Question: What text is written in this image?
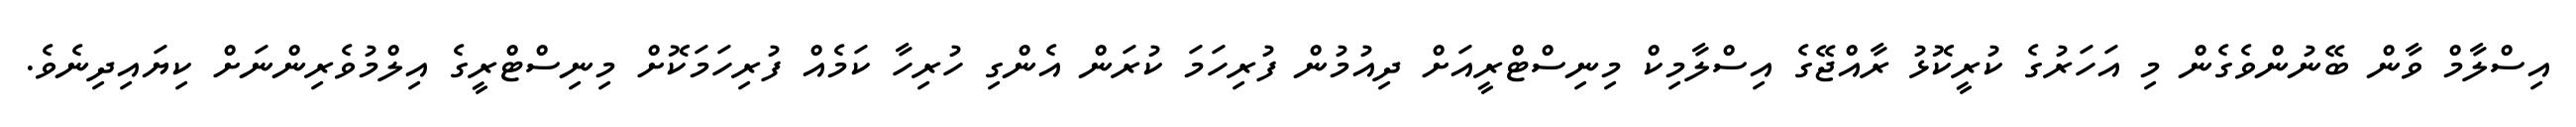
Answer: އިސްލާމް ވާން ބޭނުންވެގެން މި އަހަރުގެ ކުރީކޮޅު ރާއްޖޭގެ އިސްލާމިކް މިނިސްޓްރީއަށް ދިއުމުން ފުރިހަމަ ކުރަން އެންގި ހުރިހާ ކަމެއް ފުރިހަމަކޮށް މިނިސްޓްރީގެ އިލްމުވެރިންނަށް ކިޔައިދިނެވެ.